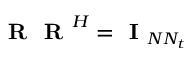
\textbf { R } \textbf { R } ^ { H } = \textbf { I } _ { N N _ { t } }